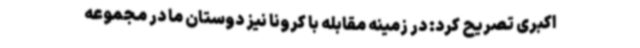
اکبری تصریح کرد: در زمینه مقابله با کرونا نیز دوستان ما در مجموعه